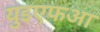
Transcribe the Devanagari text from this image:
युइएफआ